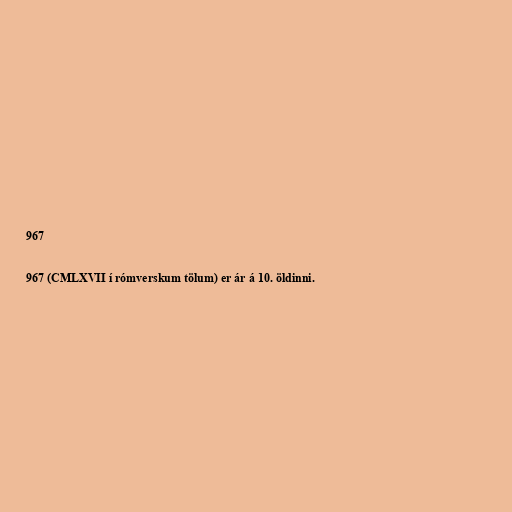
967

967 (CMLXVII í rómverskum tölum) er ár á 10. öldinni.